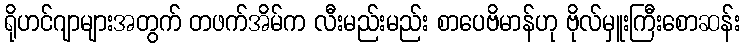
ရိုဟင်ဂျာများအတွက် တဖက်အိမ်က လီးမည်းမည်း စာပေဗိမာန်ဟု ဗိုလ်မှူးကြီးစောဆန်း